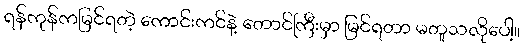
ရန်ကုန်ကမြင်ရတဲ့ ကောင်းကင်နဲ့ တောင်ကြီးမှာ မြင်ရတာ မတူသလိုပေါ့။